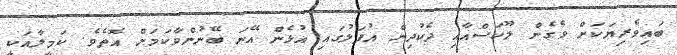
ބައިވެރިޔަކަށް ވެގެން ލޫކަސްއާއި ދެކުދިން އުފަލުގައި އުޅެން އޭނަ ބޭނުންވާކަމަށް އޮތެވެ. ކަމީލާއަކީ